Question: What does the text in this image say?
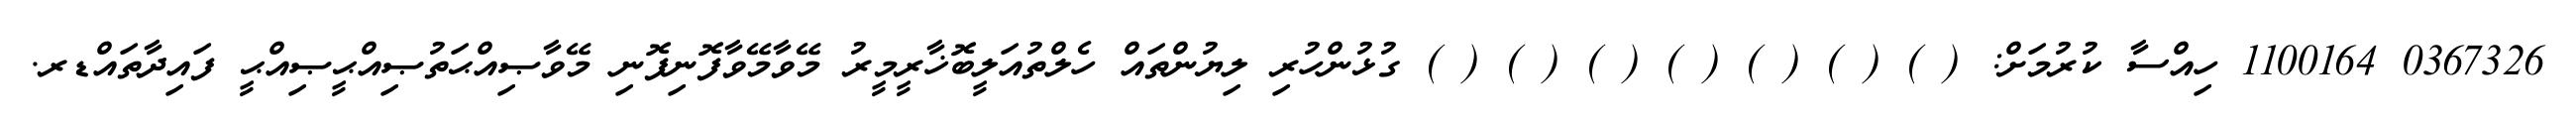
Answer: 0367326 1100164 ހިއްސާ ކުރުމަށް: ( ) ( ) ( ) ( ) ( ) ( ) ( ) ގުޅުންހުރި ލިޔުންތައް ހެލްތުއަލީބޮޚާރީމީރު މޭވާމޭވާފޮނިފޮނި މޭވާޞިއްޙަތުޞިއްޙީޞިއްޙީ ފައިދާތައްޑރ.